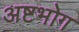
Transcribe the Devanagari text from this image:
अष्टभोग